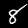
Label: 8